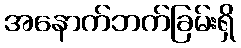
အနောက်ဘက်ခြမ်းရှိ